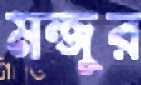
মন্জুর